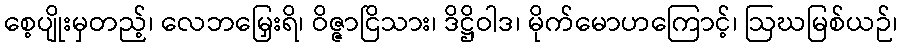
စေ့ပျိုးမှတည့်၊ လေဘမြှေးရိ၊ ဝိဇ္ဇာငြိသား၊ ဒိဋ္ဌိဝါဒ၊ မိုက်မောဟကြောင့်၊ ဩဃမြစ်ယဉ်၊